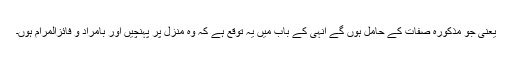
یعنی جو مذکورہ صفات کے حامل ہوں گے انہی کے باب میں یہ توقع ہے کہ وہ منزل پر پہنچیں اور بامراد و فائزالمرام ہوں۔